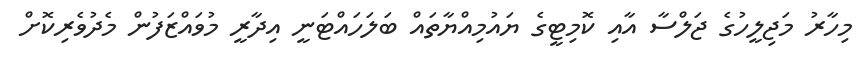
މިހާރު މަޖިލީހުގެ ޖަލްސާ އާއި ކޮމިޓީގެ ޔައުމިއްޔާތައް ބަލަހައްޓަނީ އިދާރީ މުވައްޒަފުން މެދުވެރިކޮށް